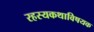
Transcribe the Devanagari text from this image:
रहस्यकथाविषयक